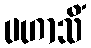
ပဟာသိံ